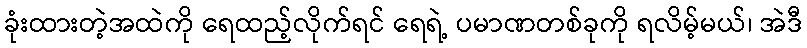
ခုံးထားတဲ့အထဲကို ရေထည့်လိုက်ရင် ရေရဲ့ ပမာဏတစ်ခုကို ရလိမ့်မယ်၊ အဲဒီ